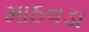
માઠવડા